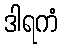
ဒါရကံ